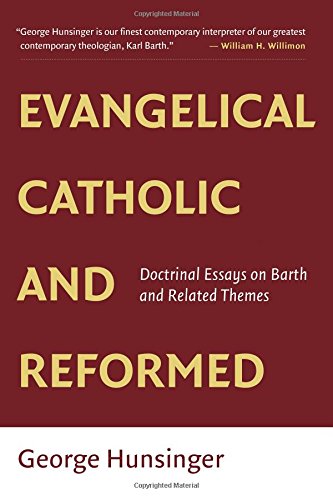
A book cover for Evangelical, Catholic, and Reformed: Essays on Barth and Other Themes; George Hunsinger; Christian Books & Bibles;